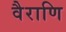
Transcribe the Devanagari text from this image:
वैराणि